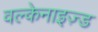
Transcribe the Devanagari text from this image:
वल्केनाइज़्ड